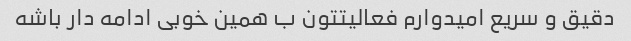
دقیق و سریع امیدوارم فعالیتتون ب همین خوبی ادامه دار باشه